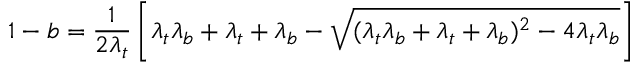
1 - b = \frac 1 { 2 \lambda _ { t } } \left[ \lambda _ { t } \lambda _ { b } + \lambda _ { t } + \lambda _ { b } - \sqrt { ( \lambda _ { t } \lambda _ { b } + \lambda _ { t } + \lambda _ { b } ) ^ { 2 } - 4 \lambda _ { t } \lambda _ { b } } \right]